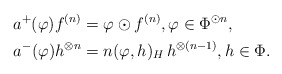
\begin{align*}a^+(\varphi) f^{(n)}&=\varphi\odot f^{(n)},\varphi\in\Phi^{\odot n},\\a^-(\varphi)h^{\otimes n}&=n(\varphi,h)_H\, h^{\otimes (n-1)},h\in\Phi.\end{align*}